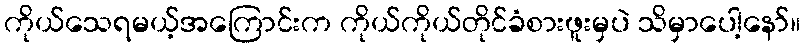
ကိုယ်သေရမယ့်အကြောင်းက ကိုယ်ကိုယ်တိုင်ခံစားဖူးမှပဲ သိမှာပေါ့နော်။